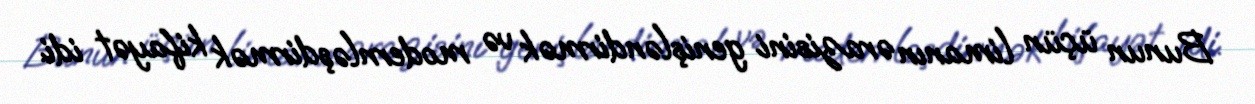
Bunun üçün limanın ərazisini genişləndirmək və modernləşdirmək kifayət idi.